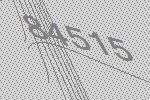
84515